NAE_ERA_R-2632_ENSV_TA_Emakeele_Selts_1945-1955, lk 127
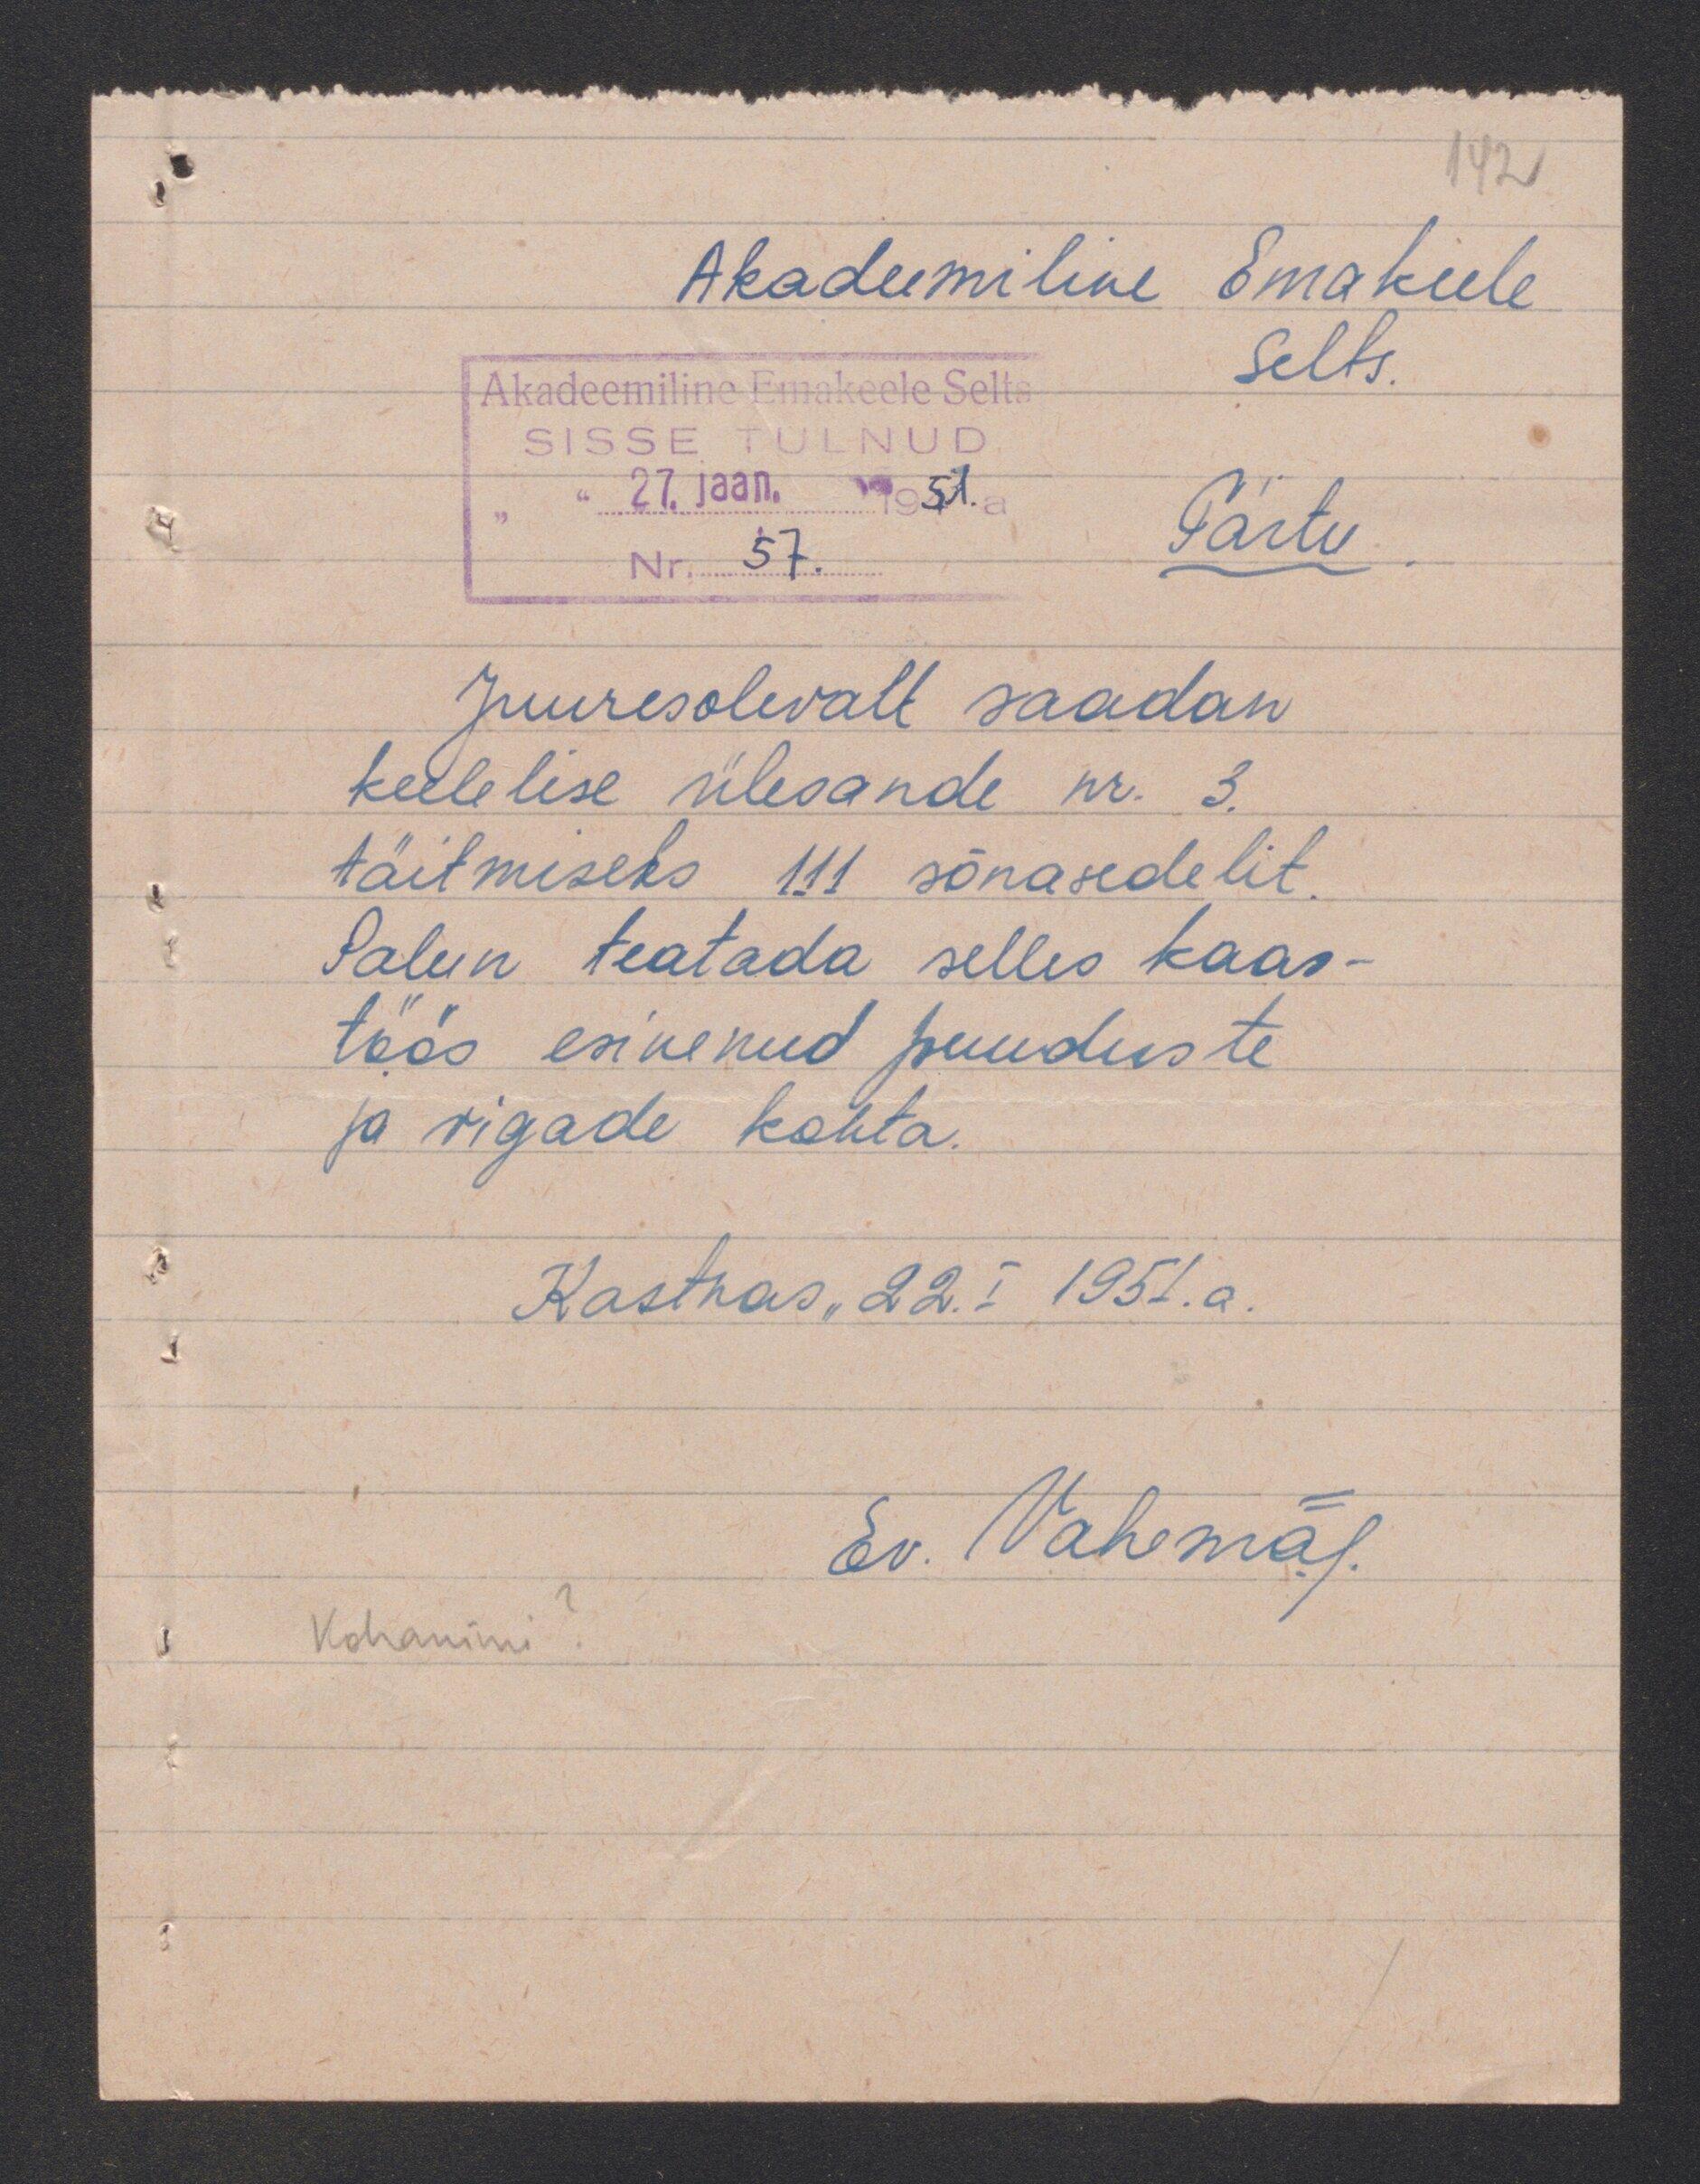
142
Akadeemiline Emakeele
Selts.
Tartu
Juuresolevalt saadan
keelelise ülesande nr. 3.
täitmiseks 111 sõnasedelit
Palun teatada selles kaas
töös esinenud puuduste
ja vigade kohta.
Kastnas, 22.I 1951.a.
Kohanimi?